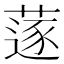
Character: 蓫